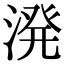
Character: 溌